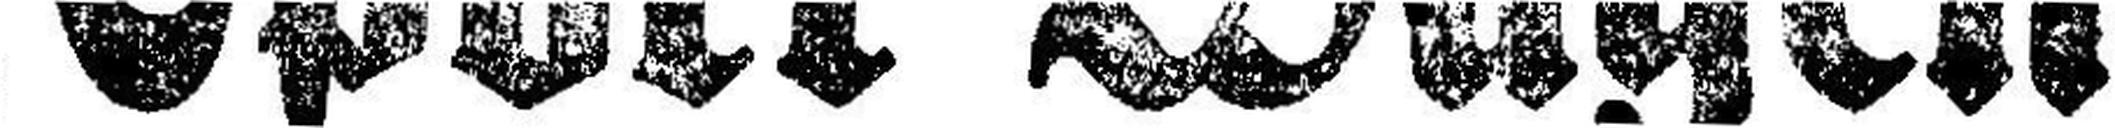
Sport=Wägen